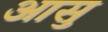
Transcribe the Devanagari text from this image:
आसु